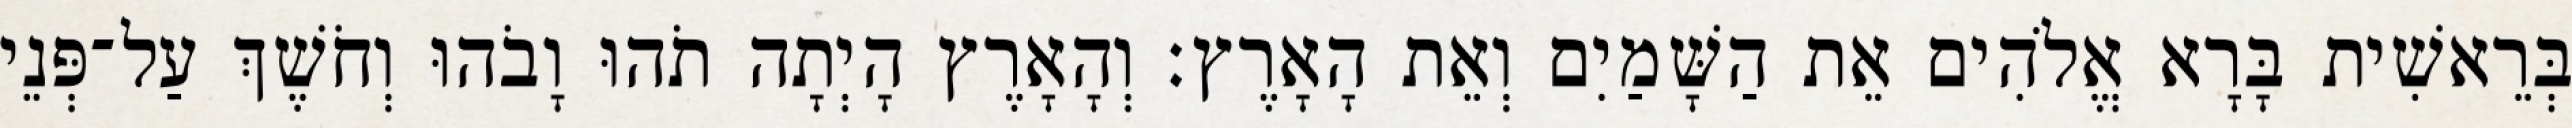
בְּרֵאשִׁית בָּרָא אֱלֹהִים אֵת הַשָּׁמַיִם וְאֵת הָאָרֶץ׃ וְהָאָרֶץ הָיְתָה תֹהוּ וָבֹהוּ וְחֹשֶׁךְ עַל־פְּנֵי